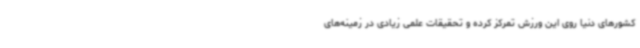
کشورهای دنیا روی این ورزش تمرکز کرده و تحقیقات علمی زیادی در زمینه‌های